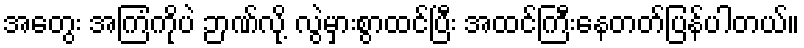
အတွေး အကြံကိုပဲ ဉာဏ်လို့ လွဲမှားစွာထင်ပြီး အထင်ကြီးနေတတ်ပြန်ပါတယ်။